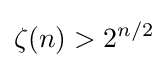
\zeta (n)>2^{n/2}